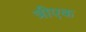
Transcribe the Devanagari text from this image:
त्रीएक